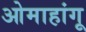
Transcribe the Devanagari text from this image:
ओमाहांगू